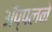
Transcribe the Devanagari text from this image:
ॲप्पलने